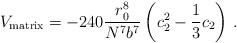
LaTeX: \begin{align*}V_{\rm matrix} = - 240 {r_0^8 \over N^7 b^7} \left(c_2^2 - {1 \over 3} c_2\right) \,.\end{align*}